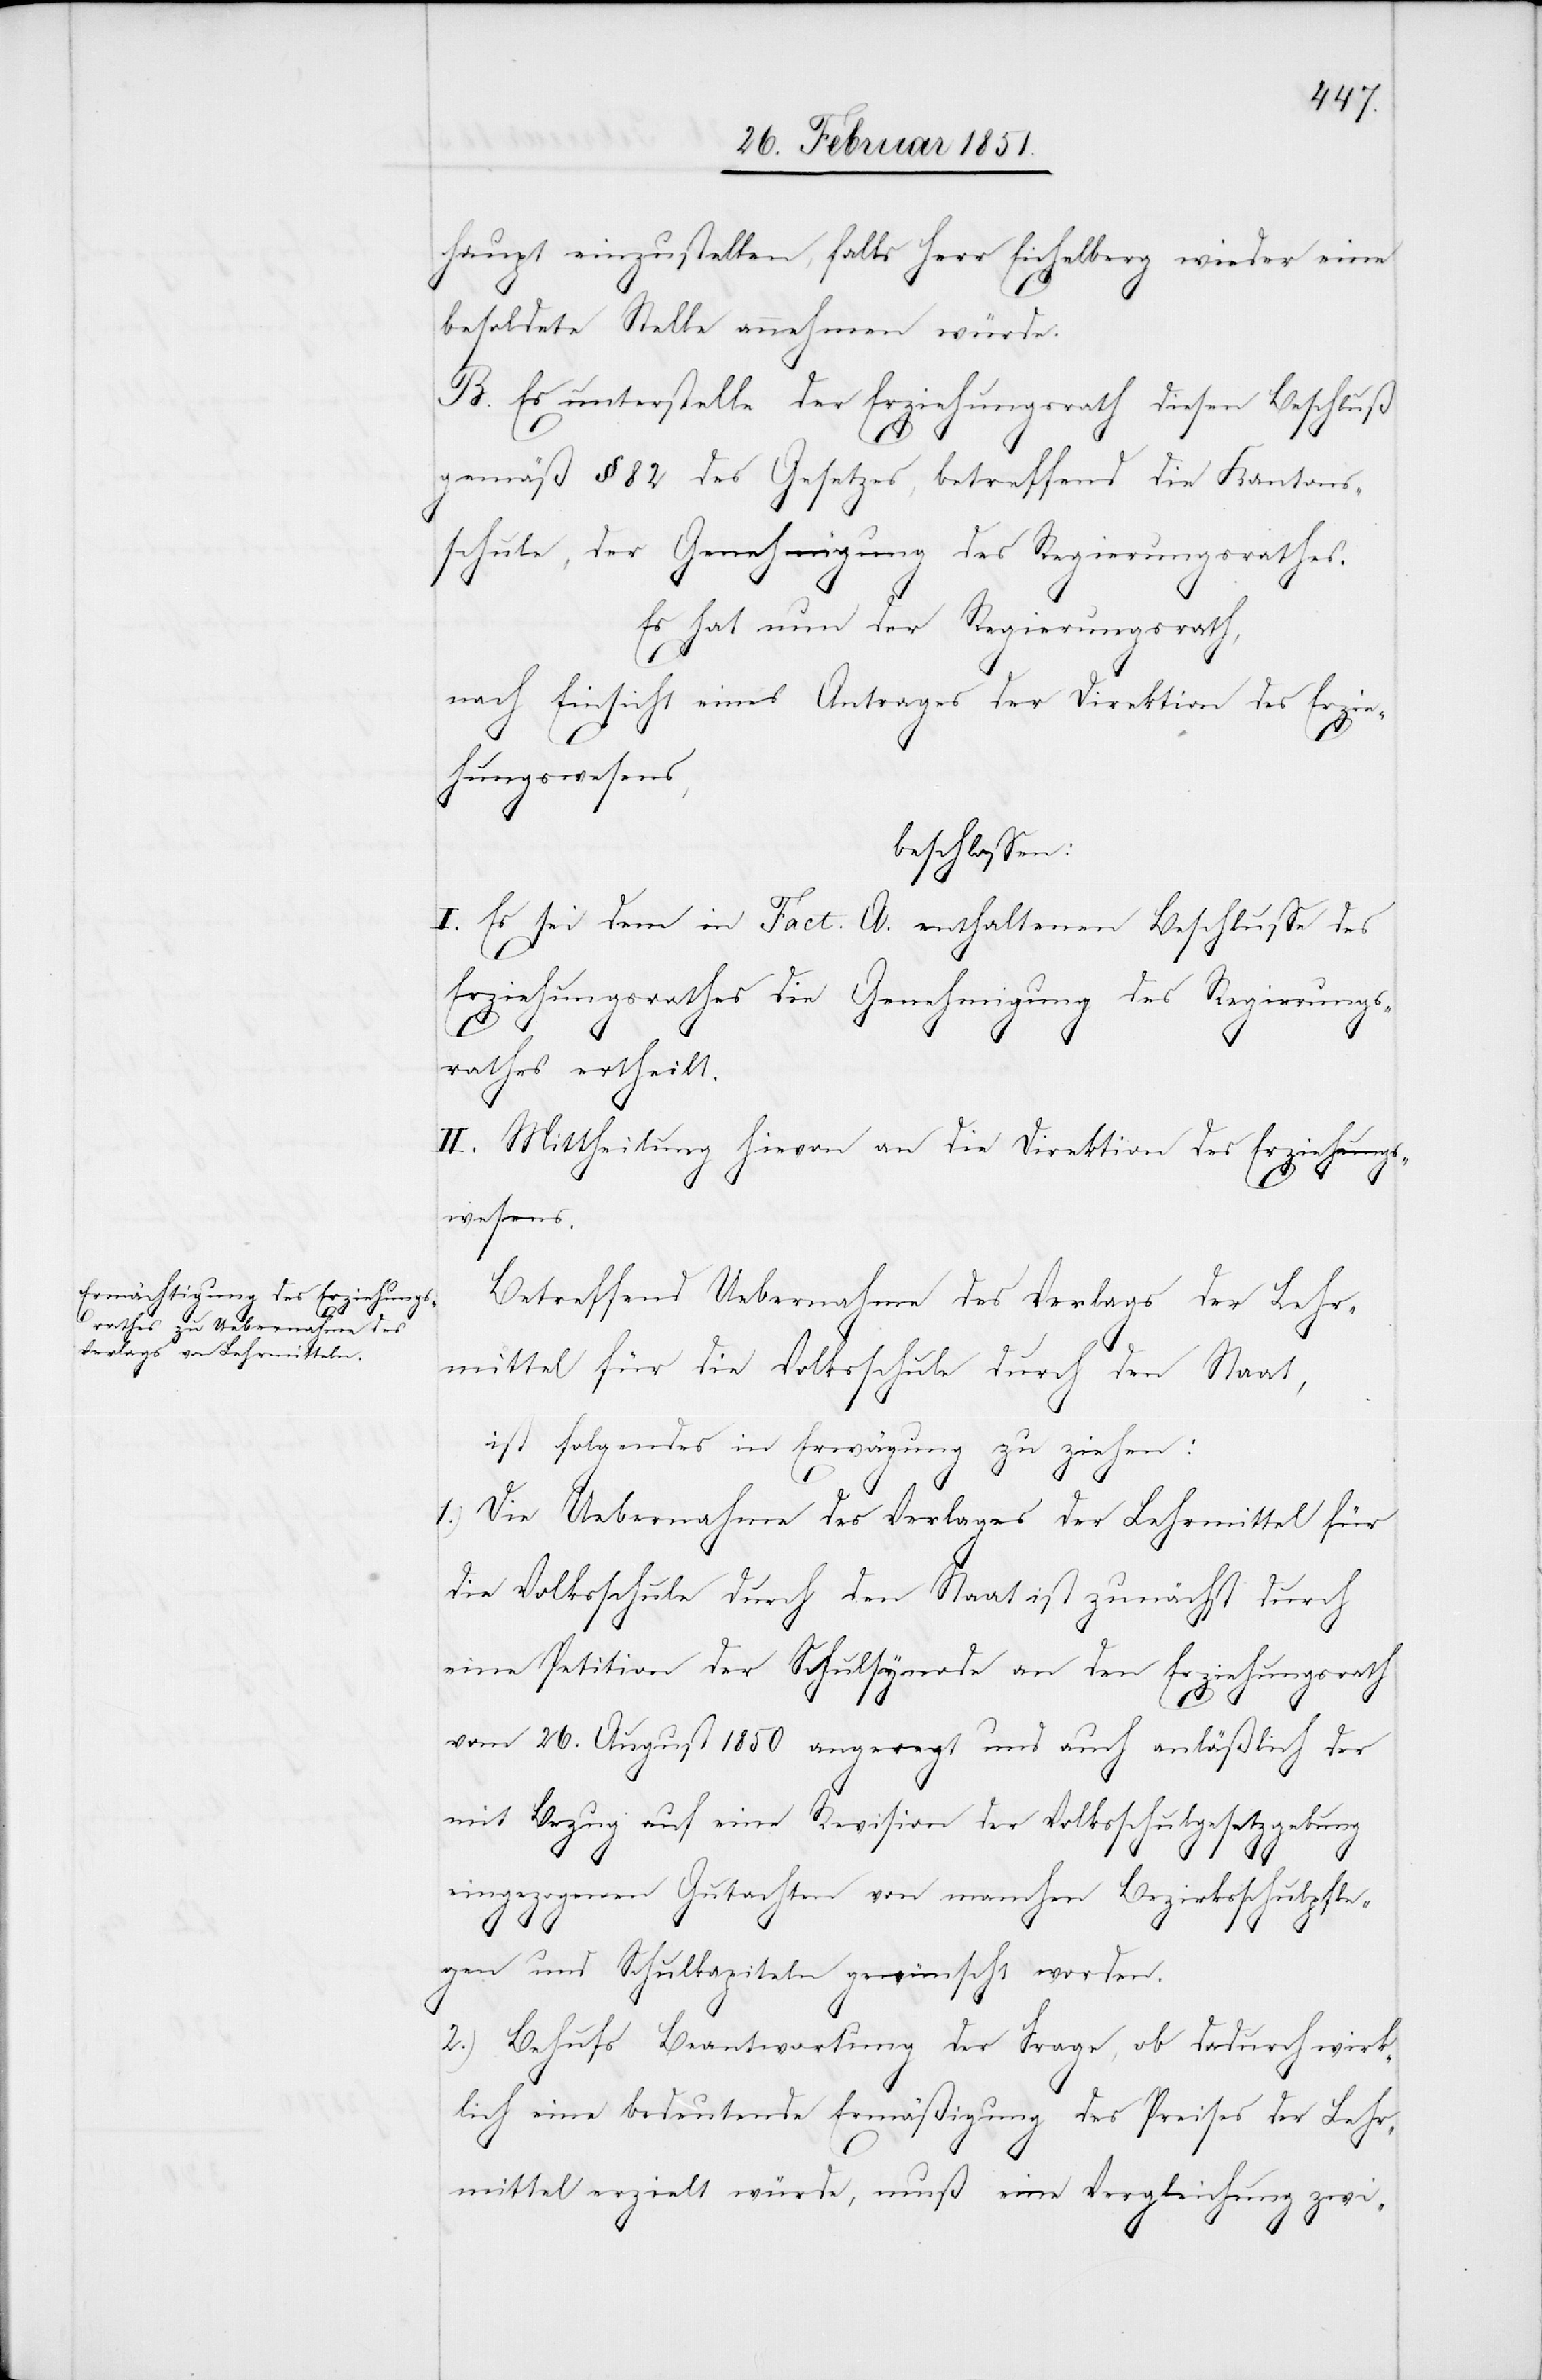
haupt einzustellen, falls Herr Eichelberg wieder eine
besoldete Stelle annehmen würde.
B. Es unterstelle der Erziehungsrath diesen Beschluß
gemäß § 82 des Gesetzes, betreffend die Kantons¬
schule, der Genehmigung des Regierungsrathes.
Es hat nun der Regierungsrath,
nach Einsicht eines Antrages der Direktion des Erzie¬
hungswesens,
beschlossen:
I. Es sei dem in Fact. A. enthaltenen Beschlusse des
Erziehungsrathes die Genehmigung des Regierungs¬
rathes ertheilt.
II. Mittheilung hievon an die Direktion des Erziehungs¬
wesens.
Betreffend Uebernahme des Verlags der Lehr¬
mittel für die Volksschule durch den Staat,
ist folgendes in Erwägung zu ziehen:
1.) Die Uebernahme des Verlages der Lehrmittel für
die Volksschule durch den Staat ist zunächst durch
eine Petition der Schulsynode an den Erziehungsrath
vom 26. August 1850 angeregt und auch anläßlich der
mit Bezug auf eine Revision der Volksschulgesetzgebung
eingezogenen Gutachten von manchen Bezirksschulpfle¬
gen und Schulkapiteln gewünscht worden.
2.) Behufs Beantwortung der Frage, ob dadurch wirk¬
lich eine bedeutende Ermäßigung des Preises der Lehr¬
mittel erzielt würde, muß eine Vergleichung zwi-